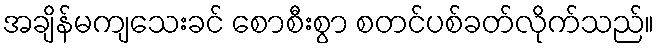
အချိန်မကျသေးခင် စောစီးစွာ စတင်ပစ်ခတ်လိုက်သည်။